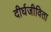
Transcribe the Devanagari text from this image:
दीर्घजीविता